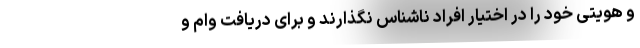
و هویتی خود را در اختیار افراد ناشناس نگذارند و برای دریافت وام و